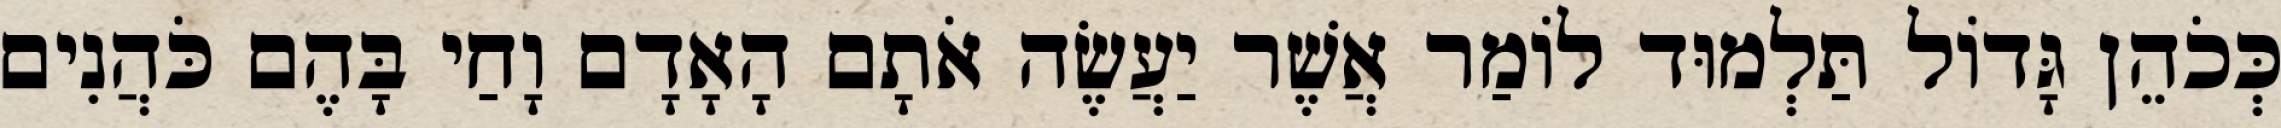
כְּכֹהֵן גָּדוֹל תַּלְמוּד לוֹמַר אֲשֶׁר יַעֲשֶׂה אֹתָם הָאָדָם וָחַי בָּהֶם כֹּהֲנִים